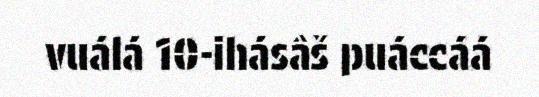
vuálá 10-ihásâš puáccáá